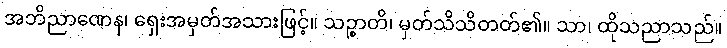
အဘိညာဏေန၊ ရှေးအမှတ်အသားဖြင့်။ သဉ္စာတိ၊ မှတ်သိသိတတ်၏။ သာ၊ ထိုသညာသည်။